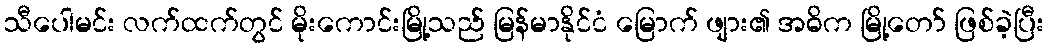
သီပေါမင်း လက်ထက်တွင် မိုးကောင်းမြို့သည် မြန်မာနိုင်ငံ မြောက် ဖျား၏ အဓိက မြို့တော် ဖြစ်ခဲ့ပြီး